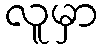
လူမှာ